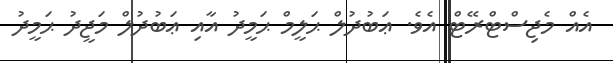
އެއް މެޖިސްޓްރޭޓް އެވެ. ޢަބުދުލް ޙަލީމް ޙަމީދު އާއި ޢަބުދުލް މަޖީދު ޙަމީދު